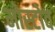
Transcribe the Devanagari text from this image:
मोस्टोव